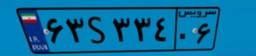
۶۳S۳۳۴۰۶